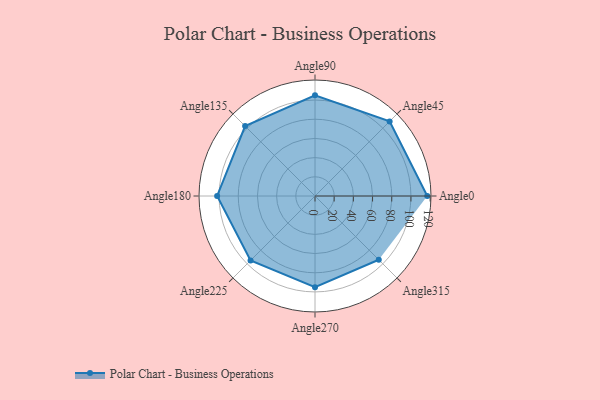
{"axis": {"x": "Angle", "y": "Radius"}, "legend": [""], "data": [{"x": "Angle0", "y": 117.0, "type": ""}, {"x": "Angle45", "y": 110.0, "type": ""}, {"x": "Angle90", "y": 105.0, "type": ""}, {"x": "Angle135", "y": 103.0, "type": ""}, {"x": "Angle180", "y": 102.0, "type": ""}, {"x": "Angle225", "y": 95.0, "type": ""}, {"x": "Angle270", "y": 95.0, "type": ""}, {"x": "Angle315", "y": 94.0, "type": ""}]}